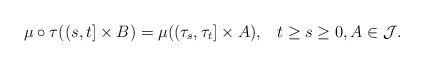
LaTeX: \begin{align*} \mu\circ\tau ((s,t]\times B) = \mu((\tau_s,\tau_t]\times A),\;\;\; t\geq s\geq 0, A\in\mathcal J. \end{align*}